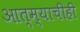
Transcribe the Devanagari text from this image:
आत्म्याचीही